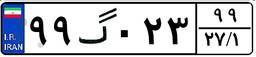
۹۹گ۰۲۳۹۹